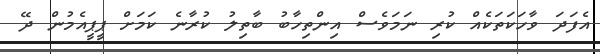
އެފަދަ ވާހަކަތަކެއް ކުރި ނަމަވެސް އިންތިހާބު ބާތިލު ކުރާނެ ކަމަށް ޕީޕީއެމުން ދޭ